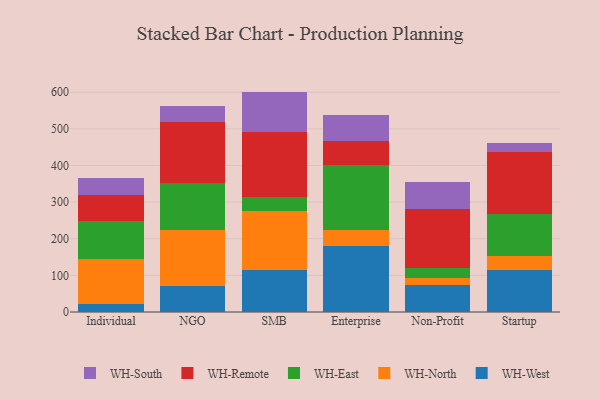
{"axis": {"x": "Segment", "y": "Market Share (%)"}, "legend": ["WH-East", "WH-North", "WH-Remote", "WH-South", "WH-West"], "data": [{"x": "Individual", "y": 20.5, "type": "WH-West"}, {"x": "Individual", "y": 124.5, "type": "WH-North"}, {"x": "Individual", "y": 103.6, "type": "WH-East"}, {"x": "Individual", "y": 70.2, "type": "WH-Remote"}, {"x": "Individual", "y": 46.2, "type": "WH-South"}, {"x": "NGO", "y": 70.0, "type": "WH-West"}, {"x": "NGO", "y": 153.7, "type": "WH-North"}, {"x": "NGO", "y": 127.4, "type": "WH-East"}, {"x": "NGO", "y": 168.2, "type": "WH-Remote"}, {"x": "NGO", "y": 44.3, "type": "WH-South"}, {"x": "SMB", "y": 114.3, "type": "WH-West"}, {"x": "SMB", "y": 161.9, "type": "WH-North"}, {"x": "SMB", "y": 37.1, "type": "WH-East"}, {"x": "SMB", "y": 177.2, "type": "WH-Remote"}, {"x": "SMB", "y": 111.1, "type": "WH-South"}, {"x": "Enterprise", "y": 179.6, "type": "WH-West"}, {"x": "Enterprise", "y": 44.1, "type": "WH-North"}, {"x": "Enterprise", "y": 177.0, "type": "WH-East"}, {"x": "Enterprise", "y": 65.7, "type": "WH-Remote"}, {"x": "Enterprise", "y": 72.5, "type": "WH-South"}, {"x": "Non-Profit", "y": 74.6, "type": "WH-West"}, {"x": "Non-Profit", "y": 19.2, "type": "WH-North"}, {"x": "Non-Profit", "y": 26.8, "type": "WH-East"}, {"x": "Non-Profit", "y": 159.6, "type": "WH-Remote"}, {"x": "Non-Profit", "y": 73.8, "type": "WH-South"}, {"x": "Startup", "y": 114.8, "type": "WH-West"}, {"x": "Startup", "y": 38.3, "type": "WH-North"}, {"x": "Startup", "y": 113.5, "type": "WH-East"}, {"x": "Startup", "y": 171.3, "type": "WH-Remote"}, {"x": "Startup", "y": 22.8, "type": "WH-South"}]}